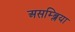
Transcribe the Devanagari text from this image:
असम्ब्लिया